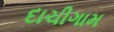
દાચીગામ